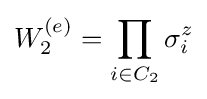
W_{2}^{(e)}=\prod _{i\in C_{2}}\sigma _{i}^{z}